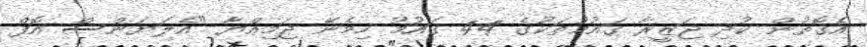
އެގޮތުން ކުދި ޖަޒީރާ ގައުމުތަކުގެ 44 ގައުމު ހިމެނޭ ޖަމިއްޔާ "އެލަޔަންސް އޮފް